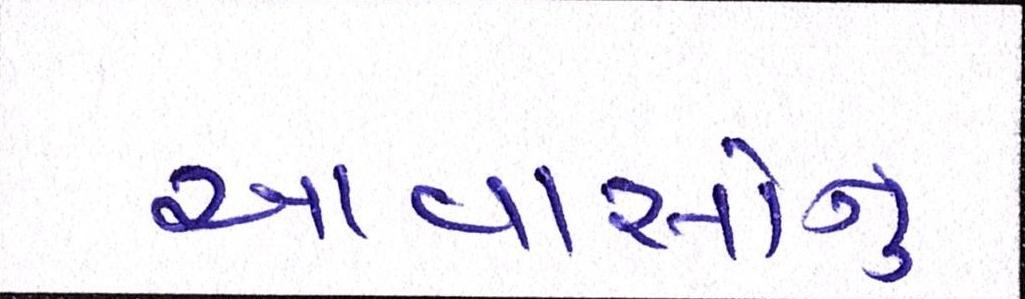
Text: આવાસોનું